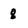
Character: 8